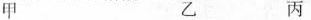
甲 乙 丙